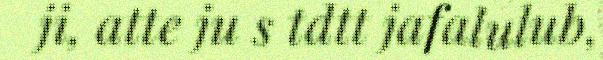
ji, atte ju s tdtt jafalulub,